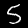
Digit: 5